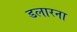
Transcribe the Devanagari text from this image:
डलारना